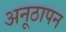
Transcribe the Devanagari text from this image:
अनूठापन